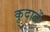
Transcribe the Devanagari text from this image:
कुदालें